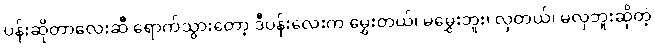
ပန်းဆိုတာလေးဆီ ရောက်သွားတော့ ဒီပန်းလေးက မွှေးတယ်၊ မမွှေးဘူး၊ လှတယ်၊ မလှဘူးဆိုတဲ့